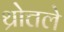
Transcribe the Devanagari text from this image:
थ्रोत्तले